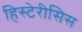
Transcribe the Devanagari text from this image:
हिस्टेरीसिस